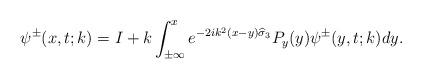
LaTeX: \begin{align*}\psi^{\pm}(x,t;k)=I+k\int_{ \pm \infty }^{ x }e^{-2ik^2(x-y)\widehat{\sigma}_3}P_y(y)\psi^{\pm}(y,t;k) dy.\end{align*}